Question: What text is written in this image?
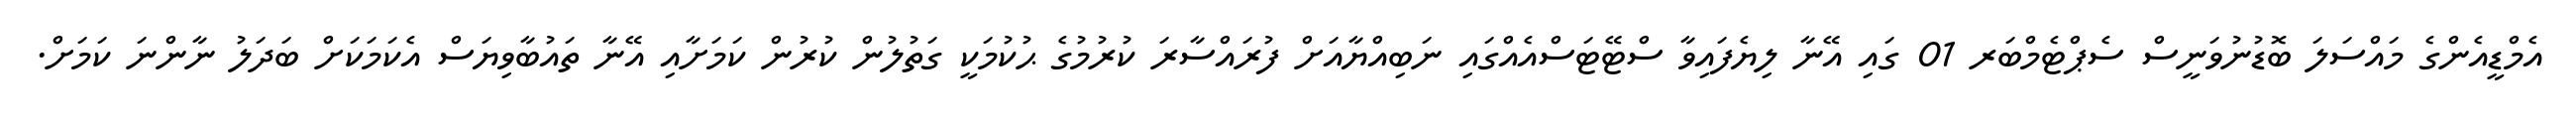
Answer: އެމްޑީއެންގެ މައްސަލަ ބޮޑުނުވަނީސް ސެޕްޓެމްބަރ 01 ގައި އޭނާ ލިޔެފައިވާ ސްޓޭޓަސްއެއްގައި ނަބިއްޔާއަށް ފުރައްސާރަ ކުރުމުގެ ޙުކުމަކީ ގަތުލުން ކުރުން ކަމަށާއި އޭނާ ތައުބާވިޔަސް އެކަމަކަށް ބަދަލު ނާންނަ ކަމަށް.